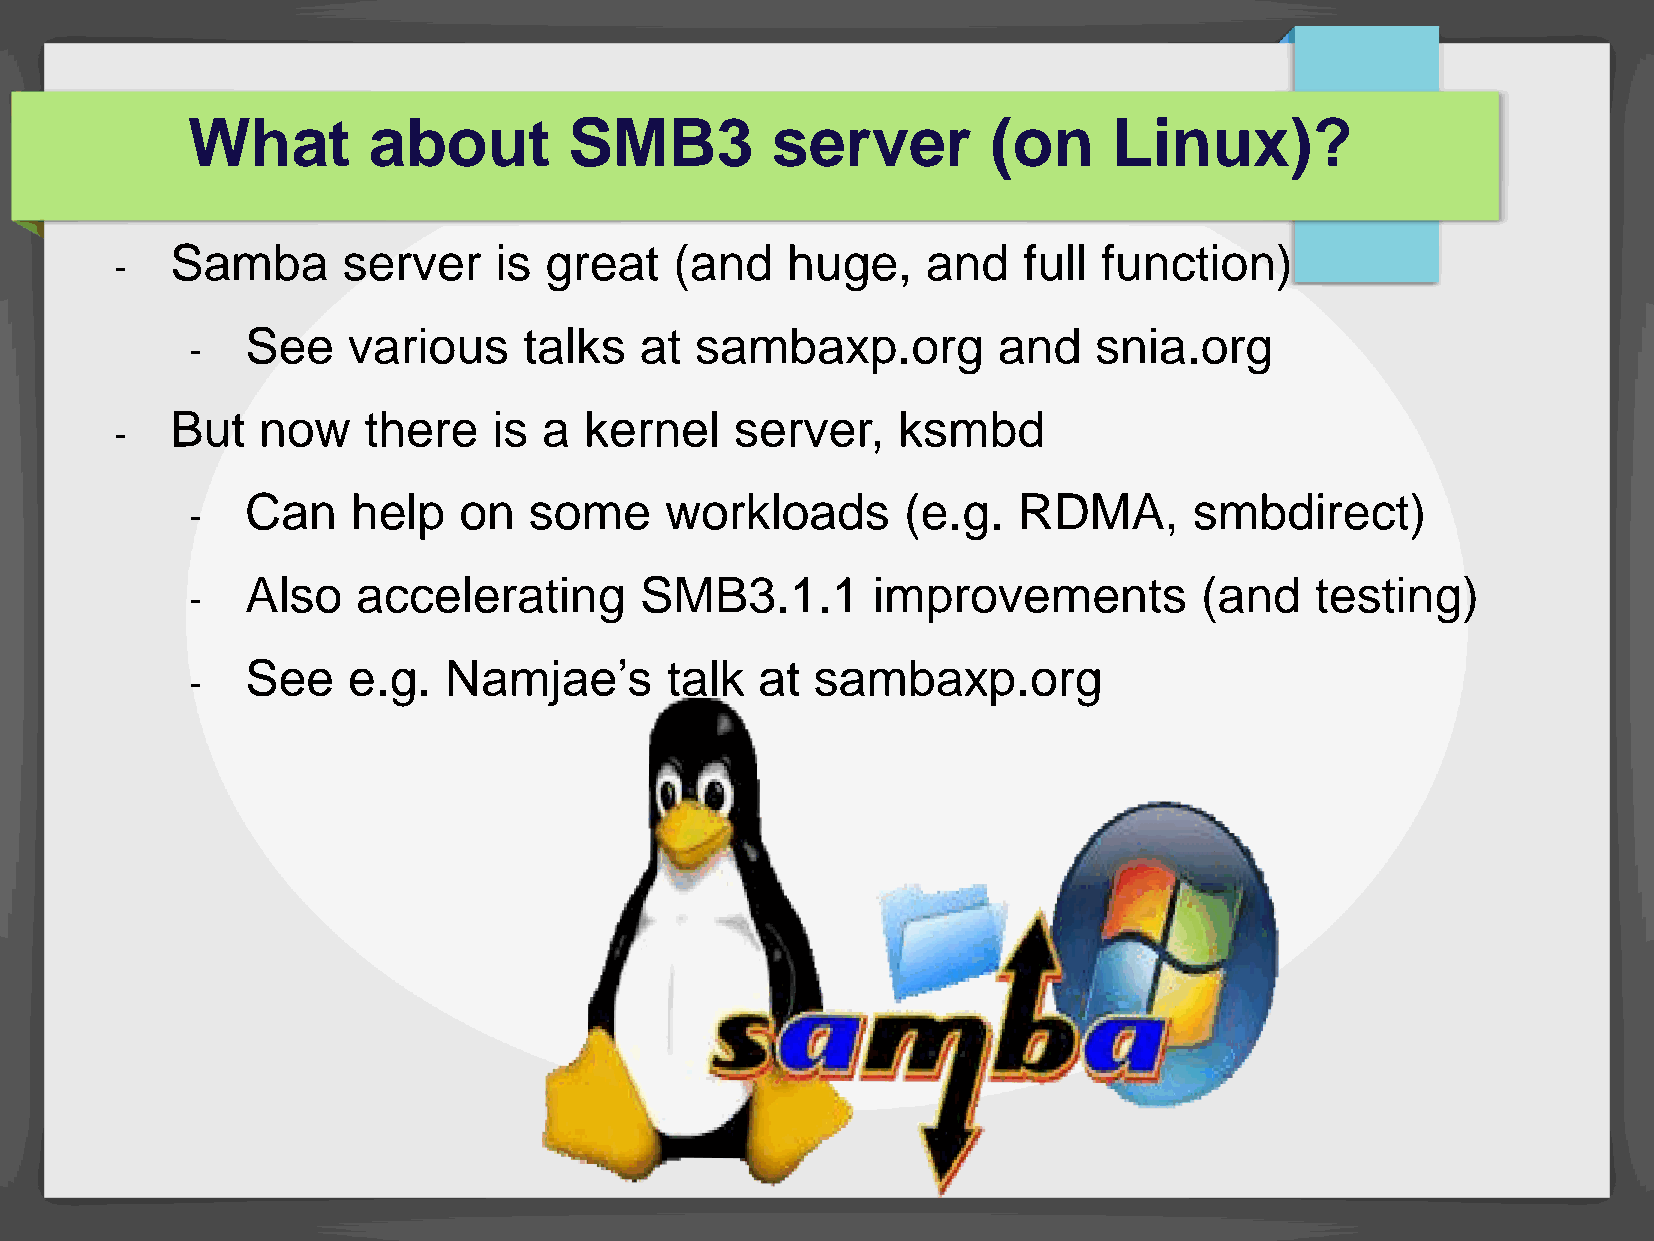
What        about         SMB3         server         (on     Linux)?
 Samba       server    is great    (and   huge,    and    full function)
 -
 See    various     talks  at  sambaxp.org         and   snia.org
 -
 But   now    there    is a  kernel    server,   ksmbd
 -
 Can    help   on   some     workloads       (e.g.  RDMA,       smbdirect)
 -
 Also    accelerating      SMB3.1.1        improvements         (and    testing)
 -
 See    e.g.  Namjae’s       talk  at  sambaxp.org
 -